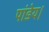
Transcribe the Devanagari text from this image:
पांडेय।